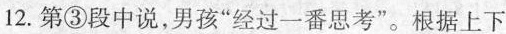
12.第③段中说，男孩”经过一番思考”。根据上下